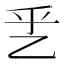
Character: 乯